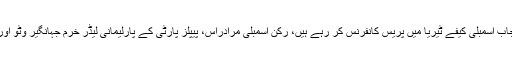
لاہور: اپو زیشن لیڈر میاں محمود الرشید پنجاب اسمبلی کیفے ٹیریا میں پریس کانفرنس کر رہے ہیں، رکن اسمبلی مرادراس، پیپلز پارٹی کے پارلیمانی لیڈر خرم جہانگیر وٹو اور (ق) لیگ کی خدیجہ عمر بھی موجود ہیں۔